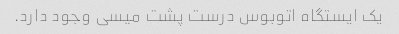
یک ایستگاه اتوبوس درست پشت میسی وجود دارد.